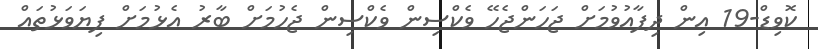
ކޮވިޑް-19 އިން ދިފާއުވުމަށް ޖަހަންޖެހޭ ވެކްސިން ވެކްސިން ޖެހުމަށް ބާރު އެޅުމަށް ފިޔަވަޅުތައް